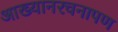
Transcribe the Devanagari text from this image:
आख्यानरचनापण